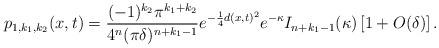
LaTeX: \begin{align*}{p_{1,k_1,k_2}(x,t) =\frac{(-1)^{k_2} \pi^{k_1+k_2}}{4^n (\pi\delta)^{n+k_1-1}} e^{-\frac{1}{4}d(x,t)^2 } e^{-\kappa } I_{{n+k_1-1}}(\kappa) \left[1 +O(\delta)\right].}\end{align*}